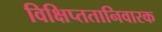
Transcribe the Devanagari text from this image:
विक्षिप्ततानिवारक